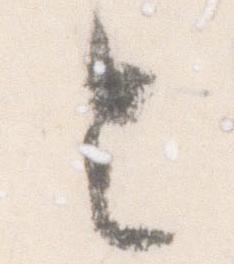
令